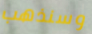
وسنذهب